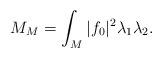
LaTeX: \begin{align*}M_M=\int_M|f_0|^2\lambda_1\lambda_2.\end{align*}